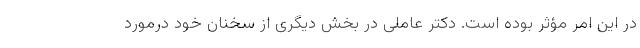
در این امر مؤثر بوده است. دکتر عاملی در بخش دیگری از سخنان خود درمورد